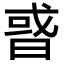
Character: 𢧋